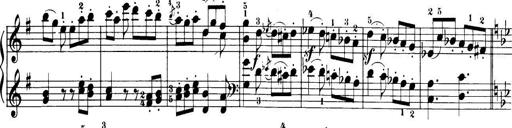
Title: 32 Sonatinas and Rondos for the Piano
Composer: Richard Kleinmichel